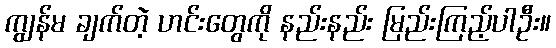
ကျွန်မ ချက်တဲ့ ဟင်းတွေကို နည်းနည်း မြည်းကြည့်ပါဦး။